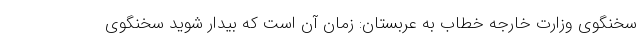
سخنگوی وزارت خارجه خطاب به عربستان: زمان آن است که بیدار شوید سخنگوی